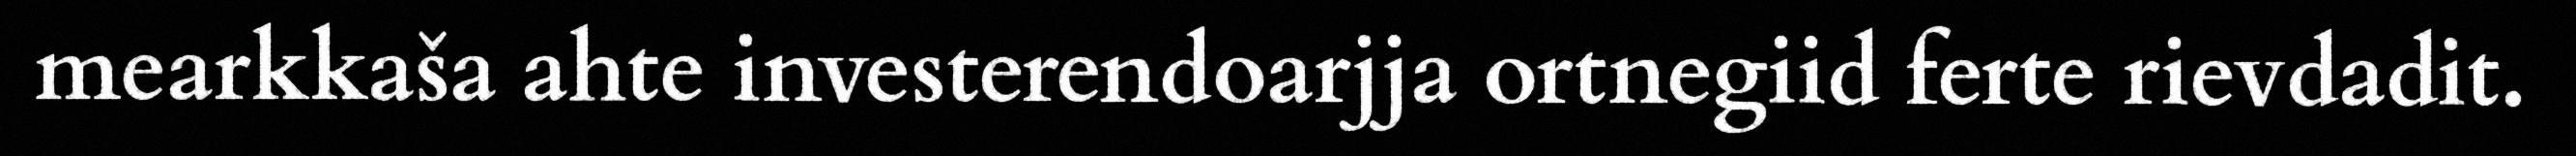
mearkkaša ahte investerendoarjja ortnegiid ferte rievdadit.